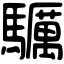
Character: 𩧃